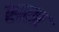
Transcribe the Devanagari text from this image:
सत्प्र